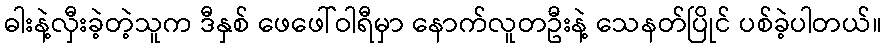
ဓါးနဲ့လှီးခဲ့တဲ့သူက ဒီနှစ် ဖေဖေါ်ဝါရီမှာ နောက်လူတဦးနဲ့ သေနတ်ပြိုင် ပစ်ခဲ့ပါတယ်။